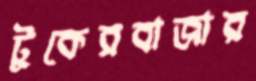
টুকেরবাজার